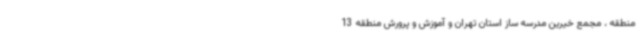
منطقه ، مجمع خیرین مدرسه ساز استان تهران و آموزش و پرورش منطقه 13